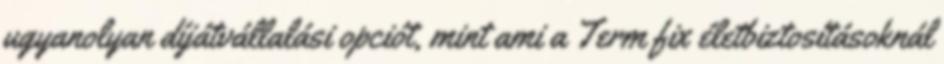
ugyanolyan díjátvállalási opciót, mint ami a Term fix életbiztosításoknál